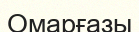
Омарғазы